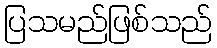
ပြသမည်ဖြစ်သည်